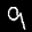
Label: 9